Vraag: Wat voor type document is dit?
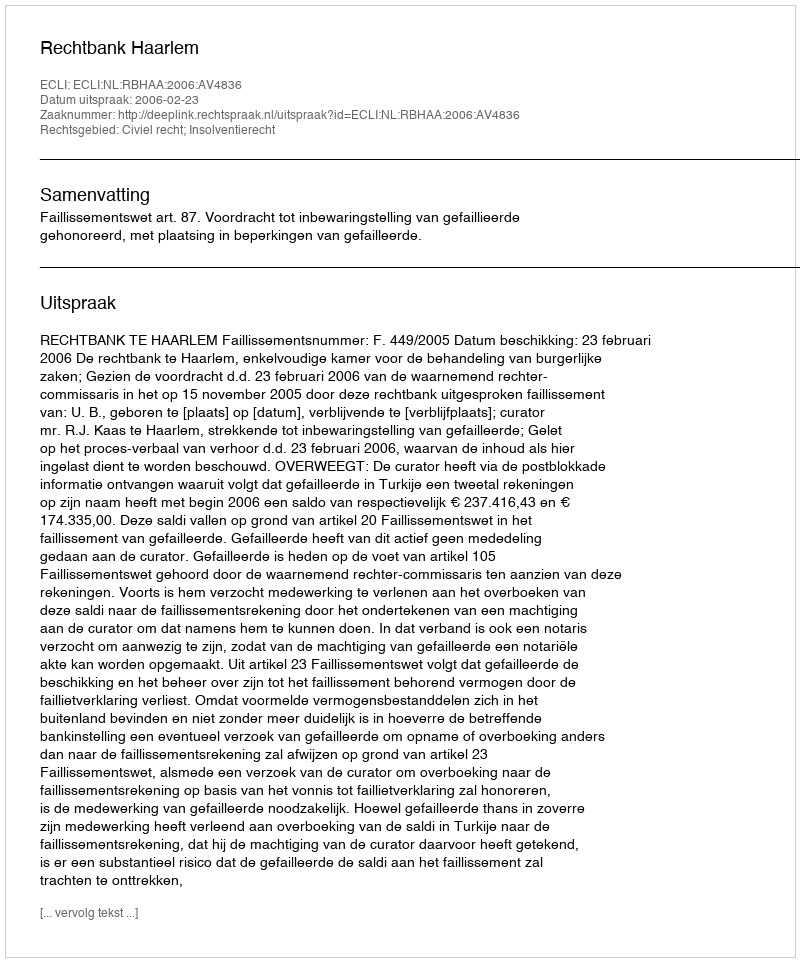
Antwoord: Uitspraak